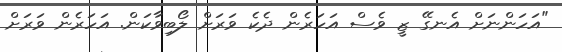
"އަހަންނަށް އެނގޭ ޒީ ވެސް އަހަރެން ދެކެ ވަރަށް ލޯބިވާކަން. އަހަރެން ވަރަށް